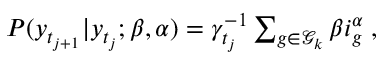
\begin{array} { r } { P ( \boldsymbol { y } _ { t _ { j + 1 } } | \boldsymbol { y } _ { t _ { j } } ; \beta , \alpha ) = \gamma _ { t _ { j } } ^ { - 1 } \sum _ { g \in \mathcal { G } _ { k } } \beta i _ { g } ^ { \alpha } \; , } \end{array}